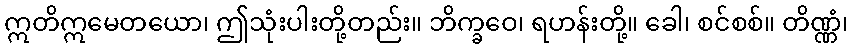
ဣတိဣမေတယော၊ ဤသုံးပါးတို့တည်း။ ဘိက္ခဝေ၊ ရဟန်းတို့။ ခေါ၊ စင်စစ်။ တိဏ္ဏံ၊